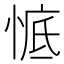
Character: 𱞧